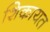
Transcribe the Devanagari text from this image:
शिकायत